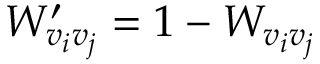
W _ { v _ { i } v _ { j } } ^ { \prime } = 1 - W _ { v _ { i } v _ { j } }